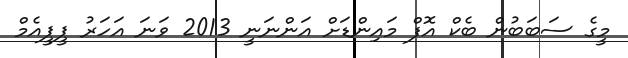
މީގެ ސަބަބުން ބެކް އޮފް މައިންޑަށް އަންނަނީ 2013 ވަނަ އަހަރު ޕީޕީއެމް